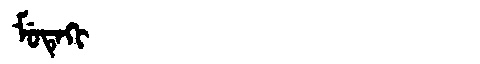
Manchu: ᠮᡠᡨᡝᡴᡳ
Romanization: MUTEKI